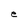
Character: e